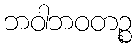
ဘဝါဘဝတဉ္စ